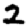
Digit: 2